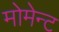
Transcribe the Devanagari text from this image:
मोमेन्ट